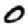
Digit: 0